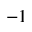
^ { - 1 }